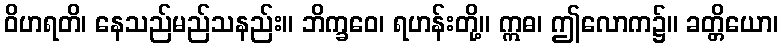
ဝိဟရတိ၊ နေသည်မည်သနည်း။ ဘိက္ခဝေ၊ ရဟန်းတို့။ ဣဓ၊ ဤလောက၌။ ခတ္တိယော၊